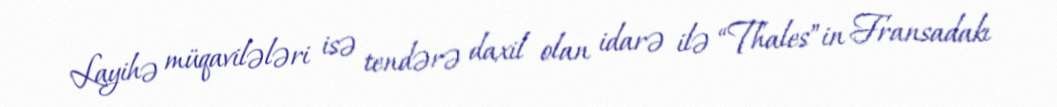
Layihə müqavilələri isə tendərə daxil olan idarə ilə “Thales”in Fransadakı